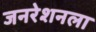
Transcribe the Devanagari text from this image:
जनरेशनला